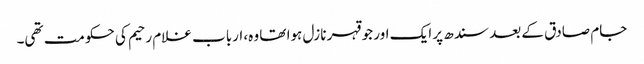
جام صادق کے بعد سندھ پر ایک اور جو قہر نازل ہوا تھا وہ، ارباب غلام رحیم کی حکومت تھی۔